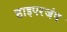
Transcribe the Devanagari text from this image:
हाइपरजंप